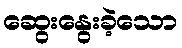
ဆွေးနွေးခဲ့သော